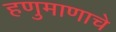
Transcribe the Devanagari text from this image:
हणुमाणाचे